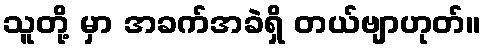
သူတို့ မှာ အခက်အခဲရှိ တယ်ဗျာဟုတ်။